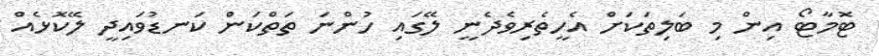
ޓޮމާޓޯ އިން މި ބަލިތަކަށް އެހީތެރިވެދެނީ ލޭގައި ހުންނަ ތަތްކަން ކަނޑުވައިދީ ލޭކޮޅެއް